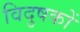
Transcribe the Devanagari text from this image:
विदुषकों